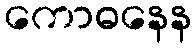
ကောဓနေန